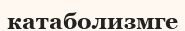
катаболизмге